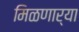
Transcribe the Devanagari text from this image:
मिळणार्या